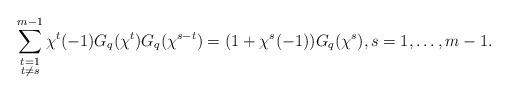
LaTeX: \begin{align*}\sum\limits_{\substack{t=1\\ t\neq s}}^{m-1}\chi^t(-1)G_q(\chi^t)G_q(\chi^{s-t})=(1+\chi^s(-1))G_q(\chi^s),s=1,\dots,m-1.\end{align*}